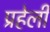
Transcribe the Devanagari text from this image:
प्रहेली